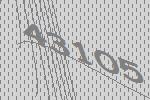
43105